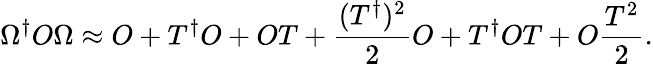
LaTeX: \Omega^{\dagger}O\Omega\approx O+T^{\dagger}O+OT+\frac{(T^{\dagger})^{2}}{2}O+T^{\dagger}OT+O\frac{T^{2}}{2}.